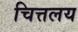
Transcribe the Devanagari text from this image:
चित्तलय